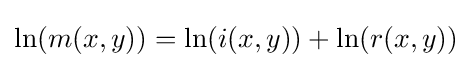
\ln(m(x,y))=\ln(i(x,y))+\ln(r(x,y))